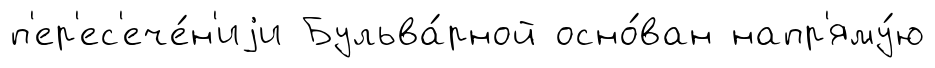
п'ер'ес'ече́н'иjи Бульва́рной осно́ван напр'яму́ю